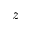
z